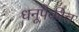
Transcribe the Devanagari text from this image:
धनूपैकीच